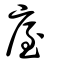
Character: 庢